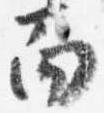
面